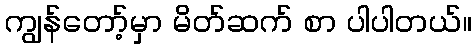
ကျွန်တော့်မှာ မိတ်ဆက် စာ ပါပါတယ်။